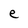
Character: e